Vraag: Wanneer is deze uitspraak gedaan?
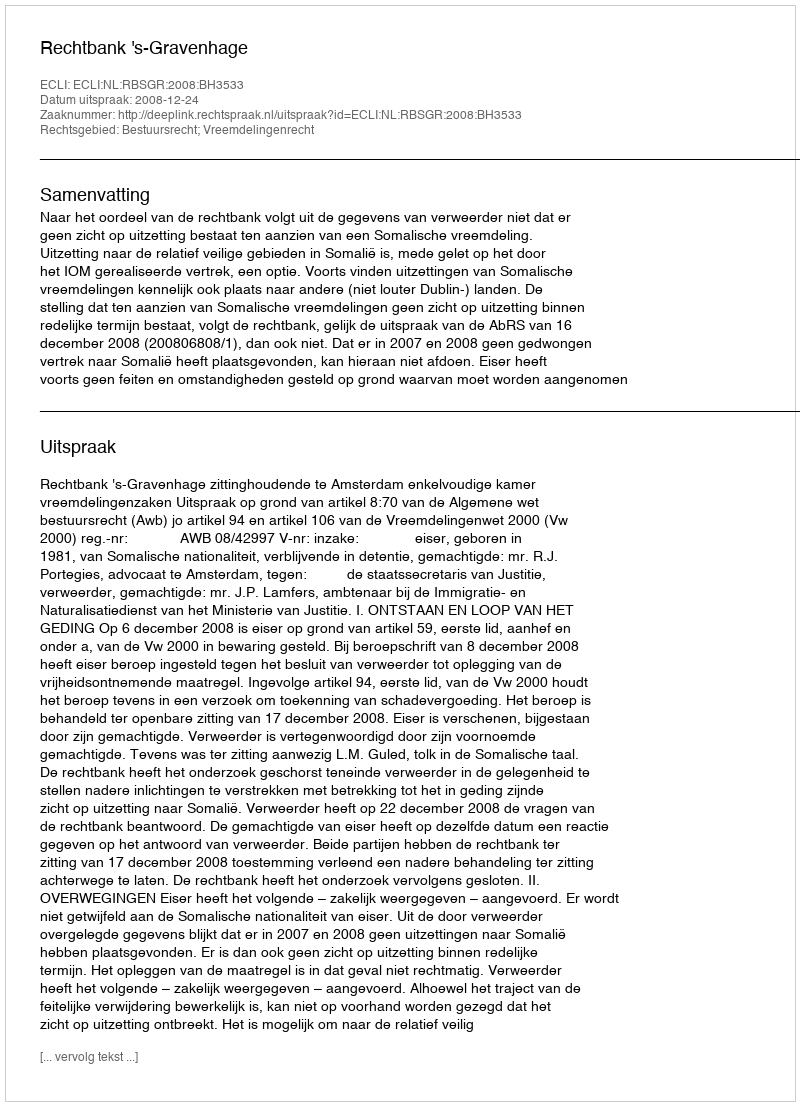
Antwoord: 2008-12-24